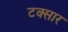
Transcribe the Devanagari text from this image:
टक्सार